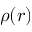
\rho ( r )